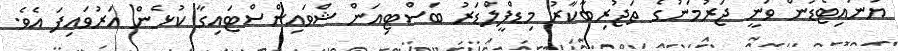
ޔުނައިޓެޑުން ވަނީ ޖަރުމަނުގެ ތަޖުރިބާކާރު މިޑްފީލްޑަރު ބަސްޓިއަން ޝްވައިންސްޓައިގާ ކުޅެން އަރުވައިފަ އެވެ.